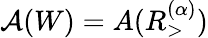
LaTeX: \mathcal{A}(W)=A(R_{>}^{(\alpha)})